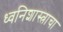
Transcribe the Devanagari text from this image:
ध्वनिशास्त्राचा